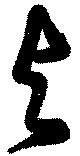
與